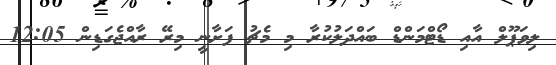
ލިވަޕޫލް އާއި ޑޯޓްމަންޑް ބައްދަލުކުރާ މި މެޗު ފަށާނީ މިރޭ ރާއްޖެގަޑިން 12:05